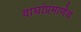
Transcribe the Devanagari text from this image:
वाघांप्रमाणेच